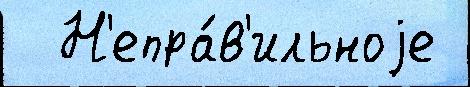
  Н'епра́в'ильноjе